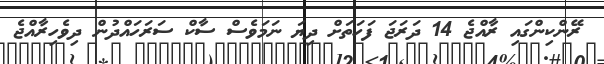
ރޭންކިންގައި ރާއްޖެ 14 ދަރަޖަ ފަހަތަށް ދިޔަ ނަމަވެސް ސާކް ސަރަހައްދުން ދިވެހިރާއްޖެ